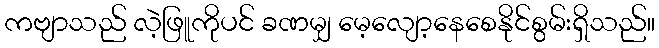
ကဗျာသည် လဲ့ဖြူကိုပင် ခဏမျှ မေ့လျော့နေစေနိုင်စွမ်းရှိသည်။